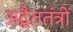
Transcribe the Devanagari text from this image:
अद्वैततंत्रों